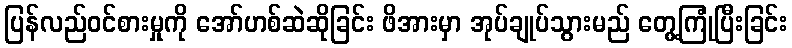
ပြန်လည်ဝင်စားမှုကို အော်ဟစ်ဆဲဆိုခြင်း ဖိအားမှာ အုပ်ချုပ်သွားမည် တွေ့ကြုံပြီးခြင်း